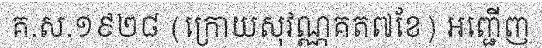
គ.ស.១៩២៨ (ក្រោយសុវណ្ណគត៧ខែ) អញ្ជើញ